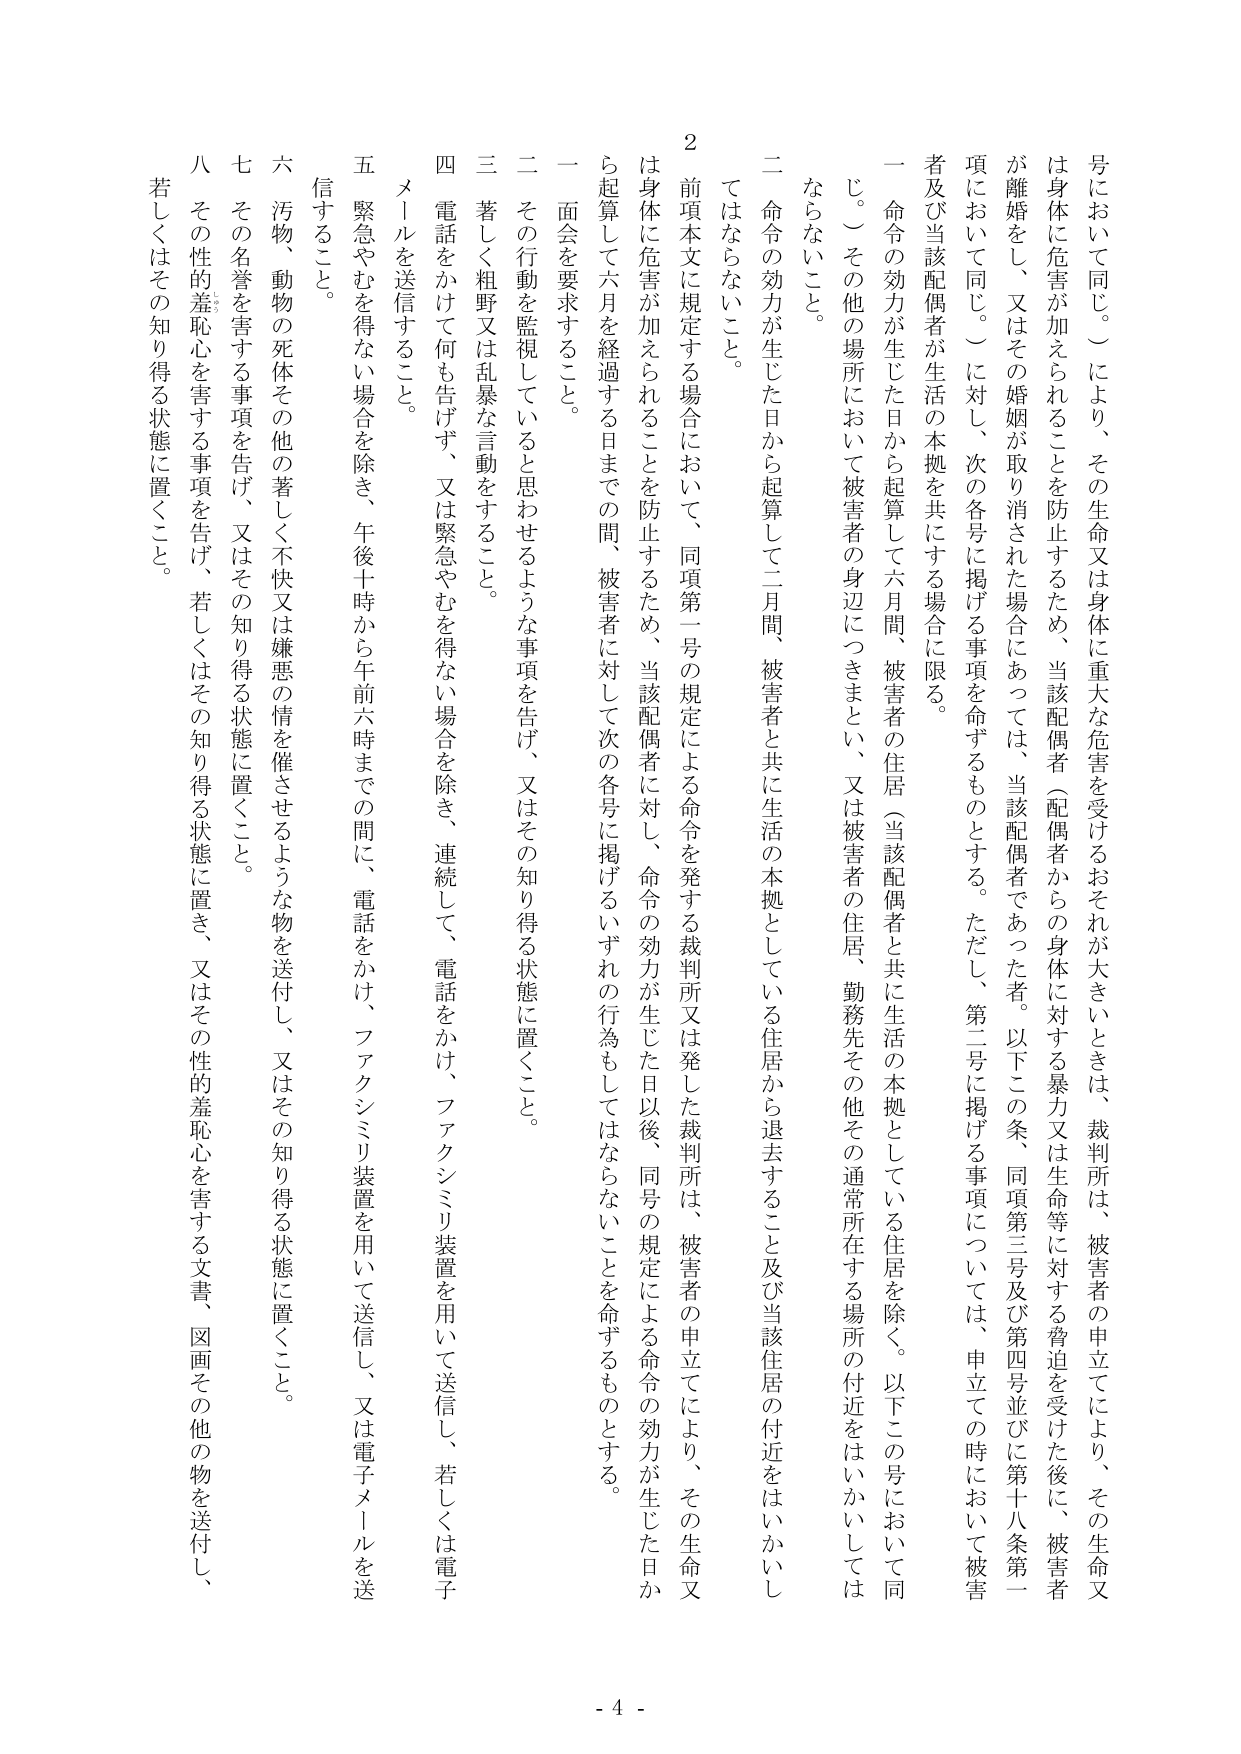
号において同じ。）により、その生命又は身体に重大な危害を受けるおそれが大きいときは、裁判所は、被害者の申立てにより、その生命又は身体に危害が加えられることを防止するため、当該配偶者（配偶者からの身体に対する暴力又は生命等に対する脅迫を受けた後に、被害者が離婚をし、又はその婚姻が取り消された場合にあっては、当該配偶者であった者。以下この条、同項第三号及び第四号並びに第十八条第一項において同じ。）に対し、次の各号に掲げる事項を命ずるものとする。ただし、第二号に掲げる事項については、申立ての時において被害者及び当該配偶者が生活の本拠を共にする場合に限る。

一 命令の効力が生じた日から起算して六月間、被害者の住居（当該配偶者と共に生活の本拠としている住居を除く。以下この号において同じ。）その他の場所において被害者の身辺につきまとい、又は被害者の住居、勤務先その他その通常所在する場所の付近をはいかしてはならないこと。

二 命令の効力が生じた日から起算して二月間、被害者と共に生活の本拠としている住居から退去すること及び当該住居の付近をはいかしてはならないこと。

２ 前項本文に規定する場合において、同項第一号の規定による命令を発する裁判所又は発した裁判所は、被害者の申立てにより、その生命又は身体に危害が加えられることを防止するため、当該配偶者に対し、命令の効力が生じた日以後、同号の規定による命令の効力が生じた日から起算して六月を経過する日までの間、被害者に対して次の各号に掲げるいずれの行為もしてはならないことを命ずるものとする。

一 面会を要求すること。

二 その行動を監視していると思わせるような事項を告げ、又はその知り得る状態に置くこと。

三 著しく粗野又は乱暴な言動をすること。

四 電話をかけて何も告げず、又は緊急やむを得ない場合を除き、連続して、電話をかけ、ファクシミリ装置を用いて送信し、若しくは電子メールを送信すること。

五 緊急やむを得ない場合を除き、午後十時から午前六時までの間に、電話をかけ、ファクシミリ装置を用いて送信し、又は電子メールを送信すること。

六 汚物、動物の死体その他の著しく不快又は嫌悪の情を催させるような物を送付し、又はその知り得る状態に置くこと。

七 その名誉を害する事項を告げ、又はその知り得る状態に置くこと。

八 その性的羞恥心を害する事項を告げ、若しくはその知り得る状態に置き、又はその性的羞恥心を害する文書、図画その他の物を送付し、若しくはその知り得る状態に置くこと。

- 4 -